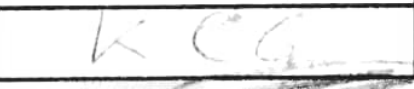
Transcription: Ke6